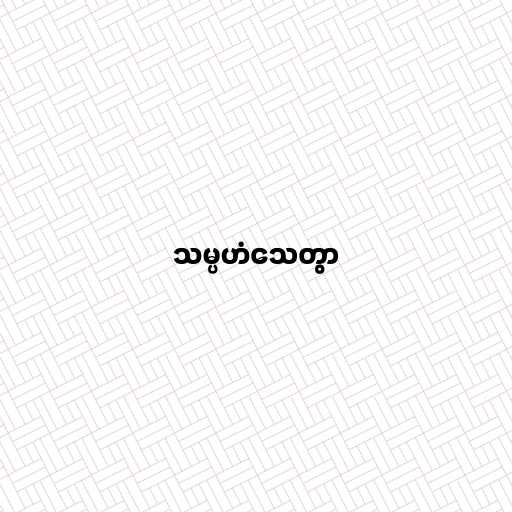
သမ္ပဟံသေတွာ